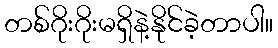
တစ်ဂိုးဂိုးမရှိနဲ့နိုင်ခဲ့တာပါ။